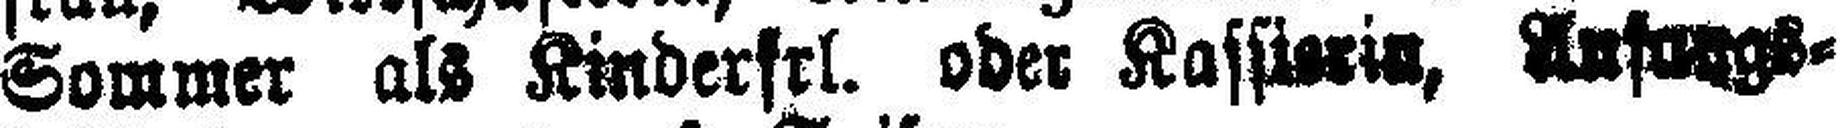
Sommer als Kinderfrl. oder Kassierin, Anfangs¬